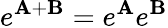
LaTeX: e^{\boldsymbol{\mathbf{A}}+\boldsymbol{\textbf{{B}}}}=e^{\boldsymbol{\mathbf{A}}}e^{\boldsymbol{\textbf{{B}}}}